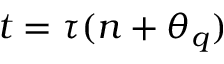
t = \tau ( n + \theta _ { q } )